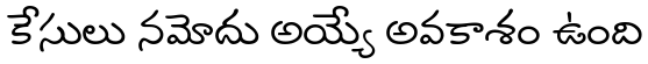
కేసులు నమోదు అయ్యే అవకాశం ఉంది